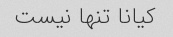
کیانا تنها نیست